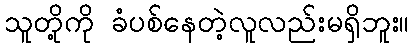
သူတို့ကို ခံပစ်နေတဲ့လူလည်းမရှိဘူး။